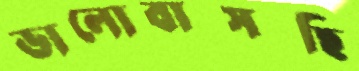
ভালোবাসছি